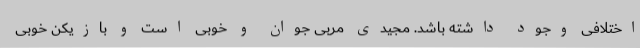
اختلافی وجود داشته باشد. مجیدی مربی جوان و خوبی است و بازیکن خوبی